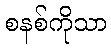
စနစ်ကိုသာ